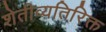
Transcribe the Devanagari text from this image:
शेतीव्यतिरिक्त